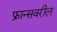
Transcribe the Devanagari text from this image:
फ्रान्सवरील